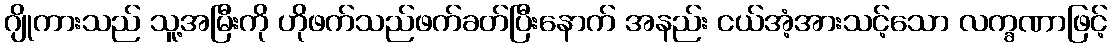
ဂျိုကားသည် သူ့အမြီးကို ဟိုဖက်သည်ဖက်ခတ်ပြီးနောက် အနည်း ငယ်အံ့အားသင့်သော လက္ခဏာဖြင့်